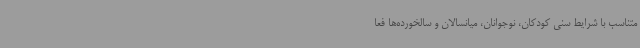
متناسب با شرایط سنی کودکان، نوجوانان، میانسالان و سالخورده‌ها فعا